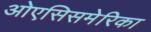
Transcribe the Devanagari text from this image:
ओएसिसमेरिका